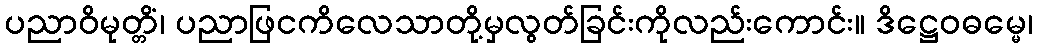
ပညာဝိမုတ္တိံ၊ ပညာဖြငကိလေသာတို့မှလွတ်ခြင်းကိုလည်းကောင်း။ ဒိဋ္ဌေဝဓမ္မေ၊